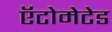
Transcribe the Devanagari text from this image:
ऍटोमेटेड